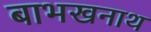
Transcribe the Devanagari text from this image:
बाभखनाथ